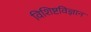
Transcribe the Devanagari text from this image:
विशिष्टविज्ञान